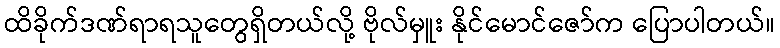
ထိခိုက်ဒဏ်ရာရသူတွေရှိတယ်လို့ ဗိုလ်မှူး နိုင်မောင်ဇော်က ပြောပါတယ်။